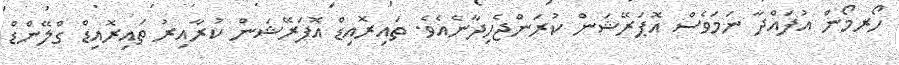
ހޯރމޯން އުފައްދާ ނަމަވެސް އޮޕަރޭޝަން ކުރަންޖެހިދާނެއެވެ. ތައިރޮއިޑް އޮޕަރޭޝަން ކުރާއިރު ތައިރޮއިޑް ގްލޭންޑް